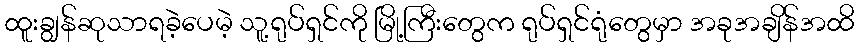
ထူးချွန်ဆုသာရခဲ့ပေမဲ့ သူ့ရုပ်ရှင်ကို မြို့ကြီးတွေက ရုပ်ရှင်ရုံတွေမှာ အခုအချိန်အထိ